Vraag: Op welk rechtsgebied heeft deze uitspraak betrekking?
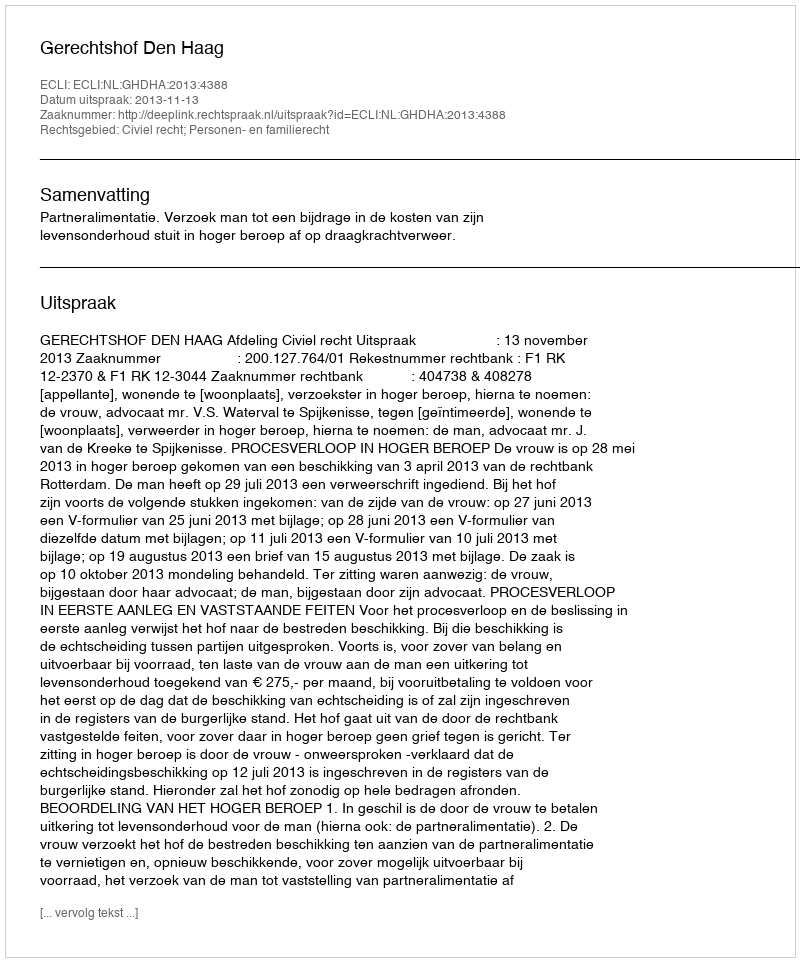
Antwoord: Civiel recht; Personen- en familierecht